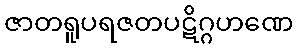
ဇာတရူပရဇတပဋိဂ္ဂဟဏေ